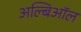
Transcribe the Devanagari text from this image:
अल्बिऑल